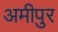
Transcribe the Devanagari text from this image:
अमीपुर